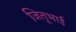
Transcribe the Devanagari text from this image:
जितूभाई